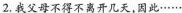
2.我父母不得不离开几天，因此······